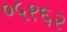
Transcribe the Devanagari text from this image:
०५१६२